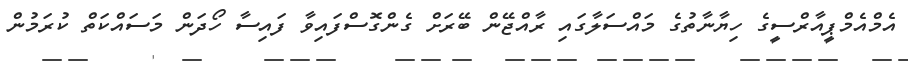
އެމްއެމްޕީއާރްސީގެ ހިޔާނާތުގެ މައްސަލާގައި ރާއްޖޭން ބޭރަށް ގެންގޮސްފައިވާ ފައިސާ ހޯދަން މަސައްކަތް ކުރަމުން